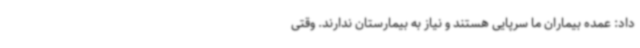
داد: عمده بیماران ما سرپایی هستند و نیاز به بیمارستان ندارند. وقتی